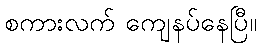
စကားလက် ကျေနပ်နေပြီ။